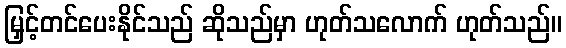
မြှင့်တင်ပေးနိုင်သည် ဆိုသည်မှာ ဟုတ်သလောက် ဟုတ်သည်။